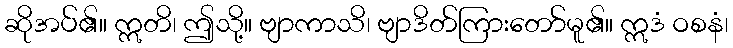
ဆိုအပ်၏။ ဣတိ၊ ဤသို့။ ဗျာကာသိ၊ ဗျာဒိတ်ကြားတော်မူ၏။ ဣဒံ ဝစနံ၊